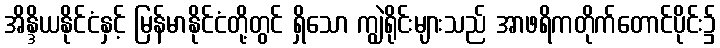
အိန္ဒိယနိုင်ငံနှင့် မြန်မာနိုင်ငံတို့တွင် ရှိသော ကျွဲရိုင်းများသည် အာဖရိကတိုက်တောင်ပိုင်း၌